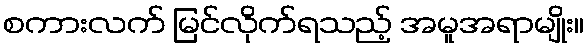
စကားလက် မြင်လိုက်ရသည့် အမူအရာမျိုး။